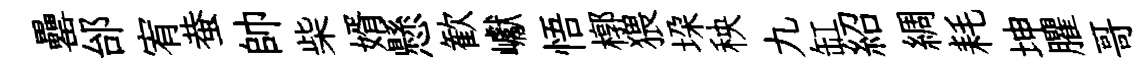
罍邰宥蛬帥柴婿懸歓巘悟槨猥垜秧九缸紹綢耗坤臞哥